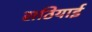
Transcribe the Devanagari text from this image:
सठियाई